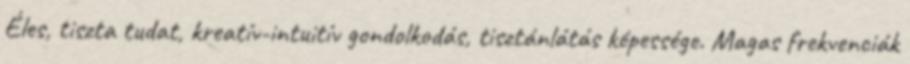
Éles, tiszta tudat, kreatív-intuitív gondolkodás, tisztánlátás képessége. Magas frekvenciák